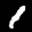
Label: 1